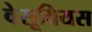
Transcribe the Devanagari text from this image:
वेसूवियस